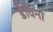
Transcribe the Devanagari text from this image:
डैविना